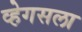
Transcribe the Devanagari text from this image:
व्हेगसला